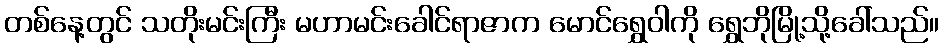
တစ်နေ့တွင် သတိုးမင်းကြီး မဟာမင်းခေါင်ရာဇာက မောင်ရွှေဝါကို ရွှေဘိုမြို့သို့ခေါ်သည်။